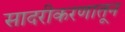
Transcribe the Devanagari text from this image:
सादरीकरणातून